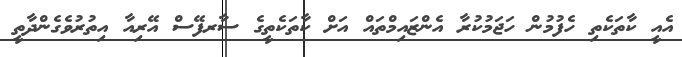
އެއީ ކާތަކެތި ހެފުމުން ހަޖަމުކުރާ އެންޒައިމްތައް އަށް ކާތަކެތީގެ ސާރފޭސް އޭރިއާ އިތުރުވެގެންދާތީ